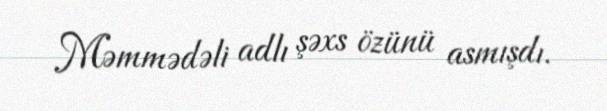
Məmmədəli adlı şəxs özünü asmışdı.